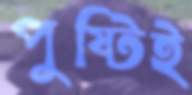
পুষ্টিই